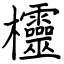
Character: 欞